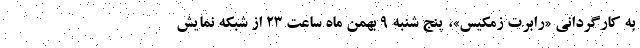
به کارگردانی «رابرت زمکیس»، پنج شنبه ۹ بهمن ماه ساعت ۲۳ از شبکه نمایش